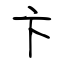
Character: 卞